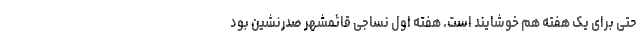
حتی برای یک هفته هم خوشایند است. هفته اول نساجی قائمشهر صدرنشین بود